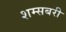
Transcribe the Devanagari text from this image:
शम्सबरी